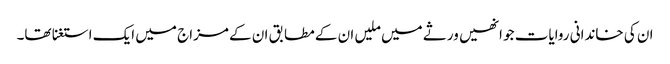
ان کی خاندانی روایات جو انھیں ورثے میں ملیں ان کے مطابق ان کے مزاج میں ایک استغنا تھا۔